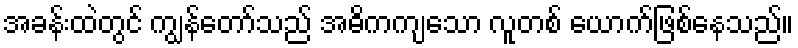
အခန်းထဲတွင် ကျွန်တော်သည် အဓိကကျသော လူတစ် ယောက်ဖြစ်နေသည်။